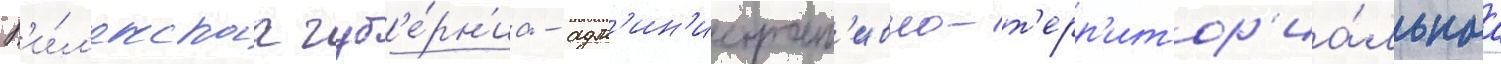
В'и́л'енскаа губ'е́рн'иа - адм'ин'истрат'ивно-т'ерр'итор'иа́льнаа